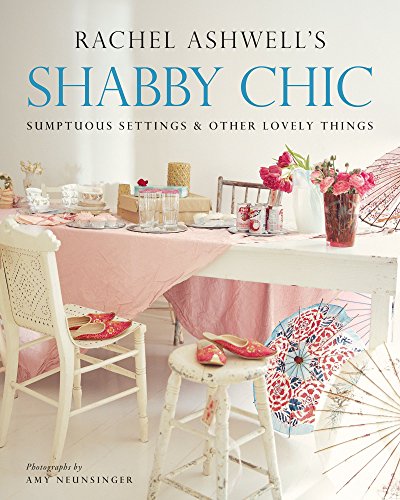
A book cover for Shabby Chic: Sumptuous Settings and Other Lovely Things; Rachel Ashwell; Cookbooks, Food & Wine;